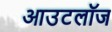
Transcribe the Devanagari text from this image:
आउटलॉज